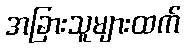
အခြားသူများထက်